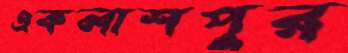
একলাশপুর